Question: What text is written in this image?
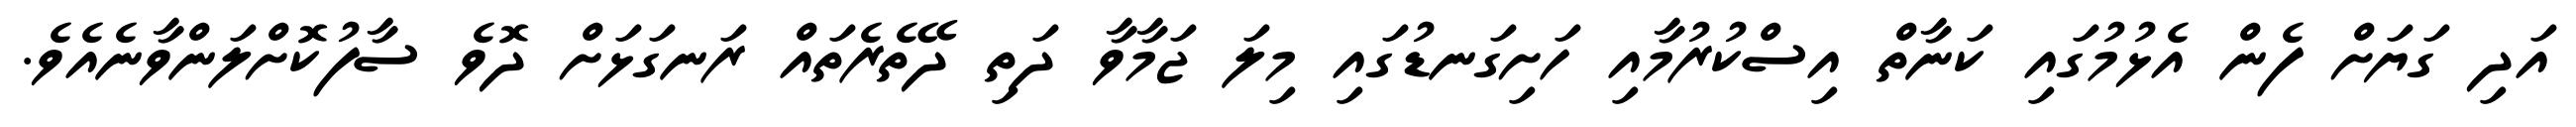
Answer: އަދި ގަޔަށް ފެން އެޅުމުގައި ކަނާތް އިސްކުރުމާއި ހަށިގަނޑުގައި މިލަ ޖަމާވާ ދަތި ދޭތެރެތައް ރަނގަޅަށް ދޮވެ ސާފުކޮށްލަންވާނެއެވެ.